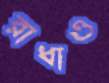
রাধাও